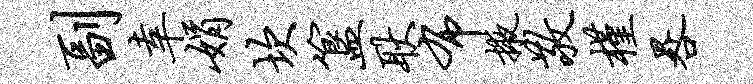
副幸娟坎簋耿布掖敬槿晷